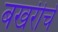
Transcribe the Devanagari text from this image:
बखरीचे